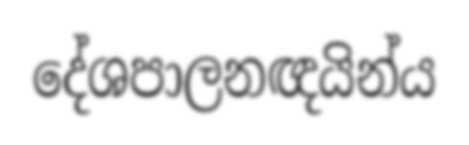
දේශපාලනඥයින්ය